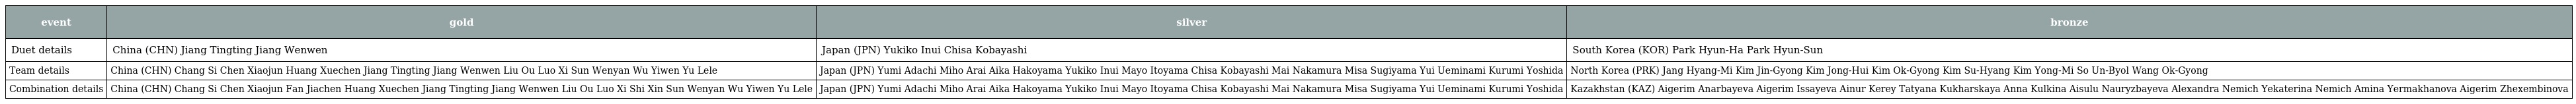
| event | gold | silver | bronze |
 | --- | --- | --- | --- |
 | Duet details | China (CHN) Jiang Tingting Jiang Wenwen | Japan (JPN) Yukiko Inui Chisa Kobayashi | South Korea (KOR) Park Hyun-Ha Park Hyun-Sun |
 | Team details | China (CHN) Chang Si Chen Xiaojun Huang Xuechen Jiang Tingting Jiang Wenwen Liu Ou Luo Xi Sun Wenyan Wu Yiwen Yu Lele | Japan (JPN) Yumi Adachi Miho Arai Aika Hakoyama Yukiko Inui Mayo Itoyama Chisa Kobayashi Mai Nakamura Misa Sugiyama Yui Ueminami Kurumi Yoshida | North Korea (PRK) Jang Hyang-Mi Kim Jin-Gyong Kim Jong-Hui Kim Ok-Gyong Kim Su-Hyang Kim Yong-Mi So Un-Byol Wang Ok-Gyong |
 | Combination details | China (CHN) Chang Si Chen Xiaojun Fan Jiachen Huang Xuechen Jiang Tingting Jiang Wenwen Liu Ou Luo Xi Shi Xin Sun Wenyan Wu Yiwen Yu Lele | Japan (JPN) Yumi Adachi Miho Arai Aika Hakoyama Yukiko Inui Mayo Itoyama Chisa Kobayashi Mai Nakamura Misa Sugiyama Yui Ueminami Kurumi Yoshida | Kazakhstan (KAZ) Aigerim Anarbayeva Aigerim Issayeva Ainur Kerey Tatyana Kukharskaya Anna Kulkina Aisulu Nauryzbayeva Alexandra Nemich Yekaterina Nemich Amina Yermakhanova Aigerim Zhexembinova |